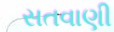
સતવાણી